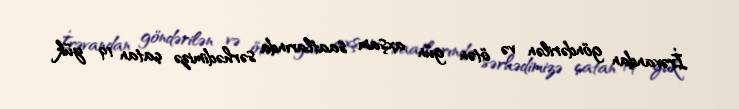
İrəvandan göndərilən və ötən gün axşam saatlarında sərhədimizə çatan 19 yük